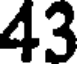
43